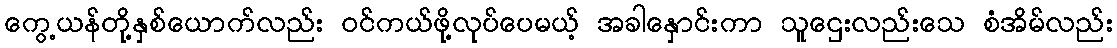
ကွေ့ယန်တို့နှစ်ယောက်လည်း ဝင်ကယ်ဖို့လုပ်ပေမယ့် အခါနှောင်းကာ သူဌေးလည်းသေ စံအိမ်လည်း